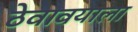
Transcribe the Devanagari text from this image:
ठेवावयाला